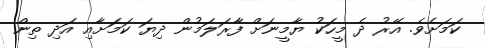
ކަމަށެވެ. އޭރު ދެ މީހަކު ޔާމީނަށް ފާރަލަމުން ދިޔަ ކަމަށާއި އަދި ތިން